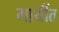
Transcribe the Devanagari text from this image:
गायींत